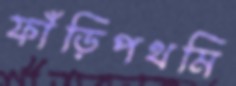
ফাঁড়িপথমি